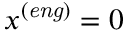
x ^ { \mathit { ( e n g ) } } = 0